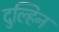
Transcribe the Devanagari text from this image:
दुल्हिन